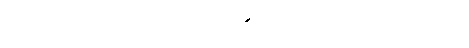
ဒီလိုပါပဲ။ အရမ်း ကြီးတော့အဆင်ပြေတယ်မဟုတ်ဘူး။